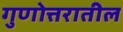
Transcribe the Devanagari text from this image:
गुणोत्तरातील